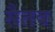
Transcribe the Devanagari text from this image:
सैतव